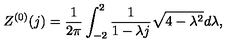
Z ^ { ( 0 ) } ( j ) = \frac { 1 } { 2 \pi } \int _ { - 2 } ^ { 2 } \frac { 1 } { 1 - \lambda j } \sqrt { 4 - \lambda ^ { 2 } } d \lambda ,